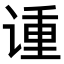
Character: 𫍳